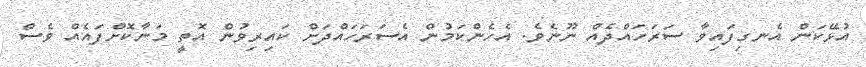
އުޅޭކަން އެނގިފައިވާ ސަރަހައްދެއް ނޫނެވެ. އެހެންކަމުން އެސަރަހައްދަށް ކައިރިވުން އޮތީ މަނާކޮށްފައެއް ވެސް